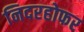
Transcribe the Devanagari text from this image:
निदरहोफर